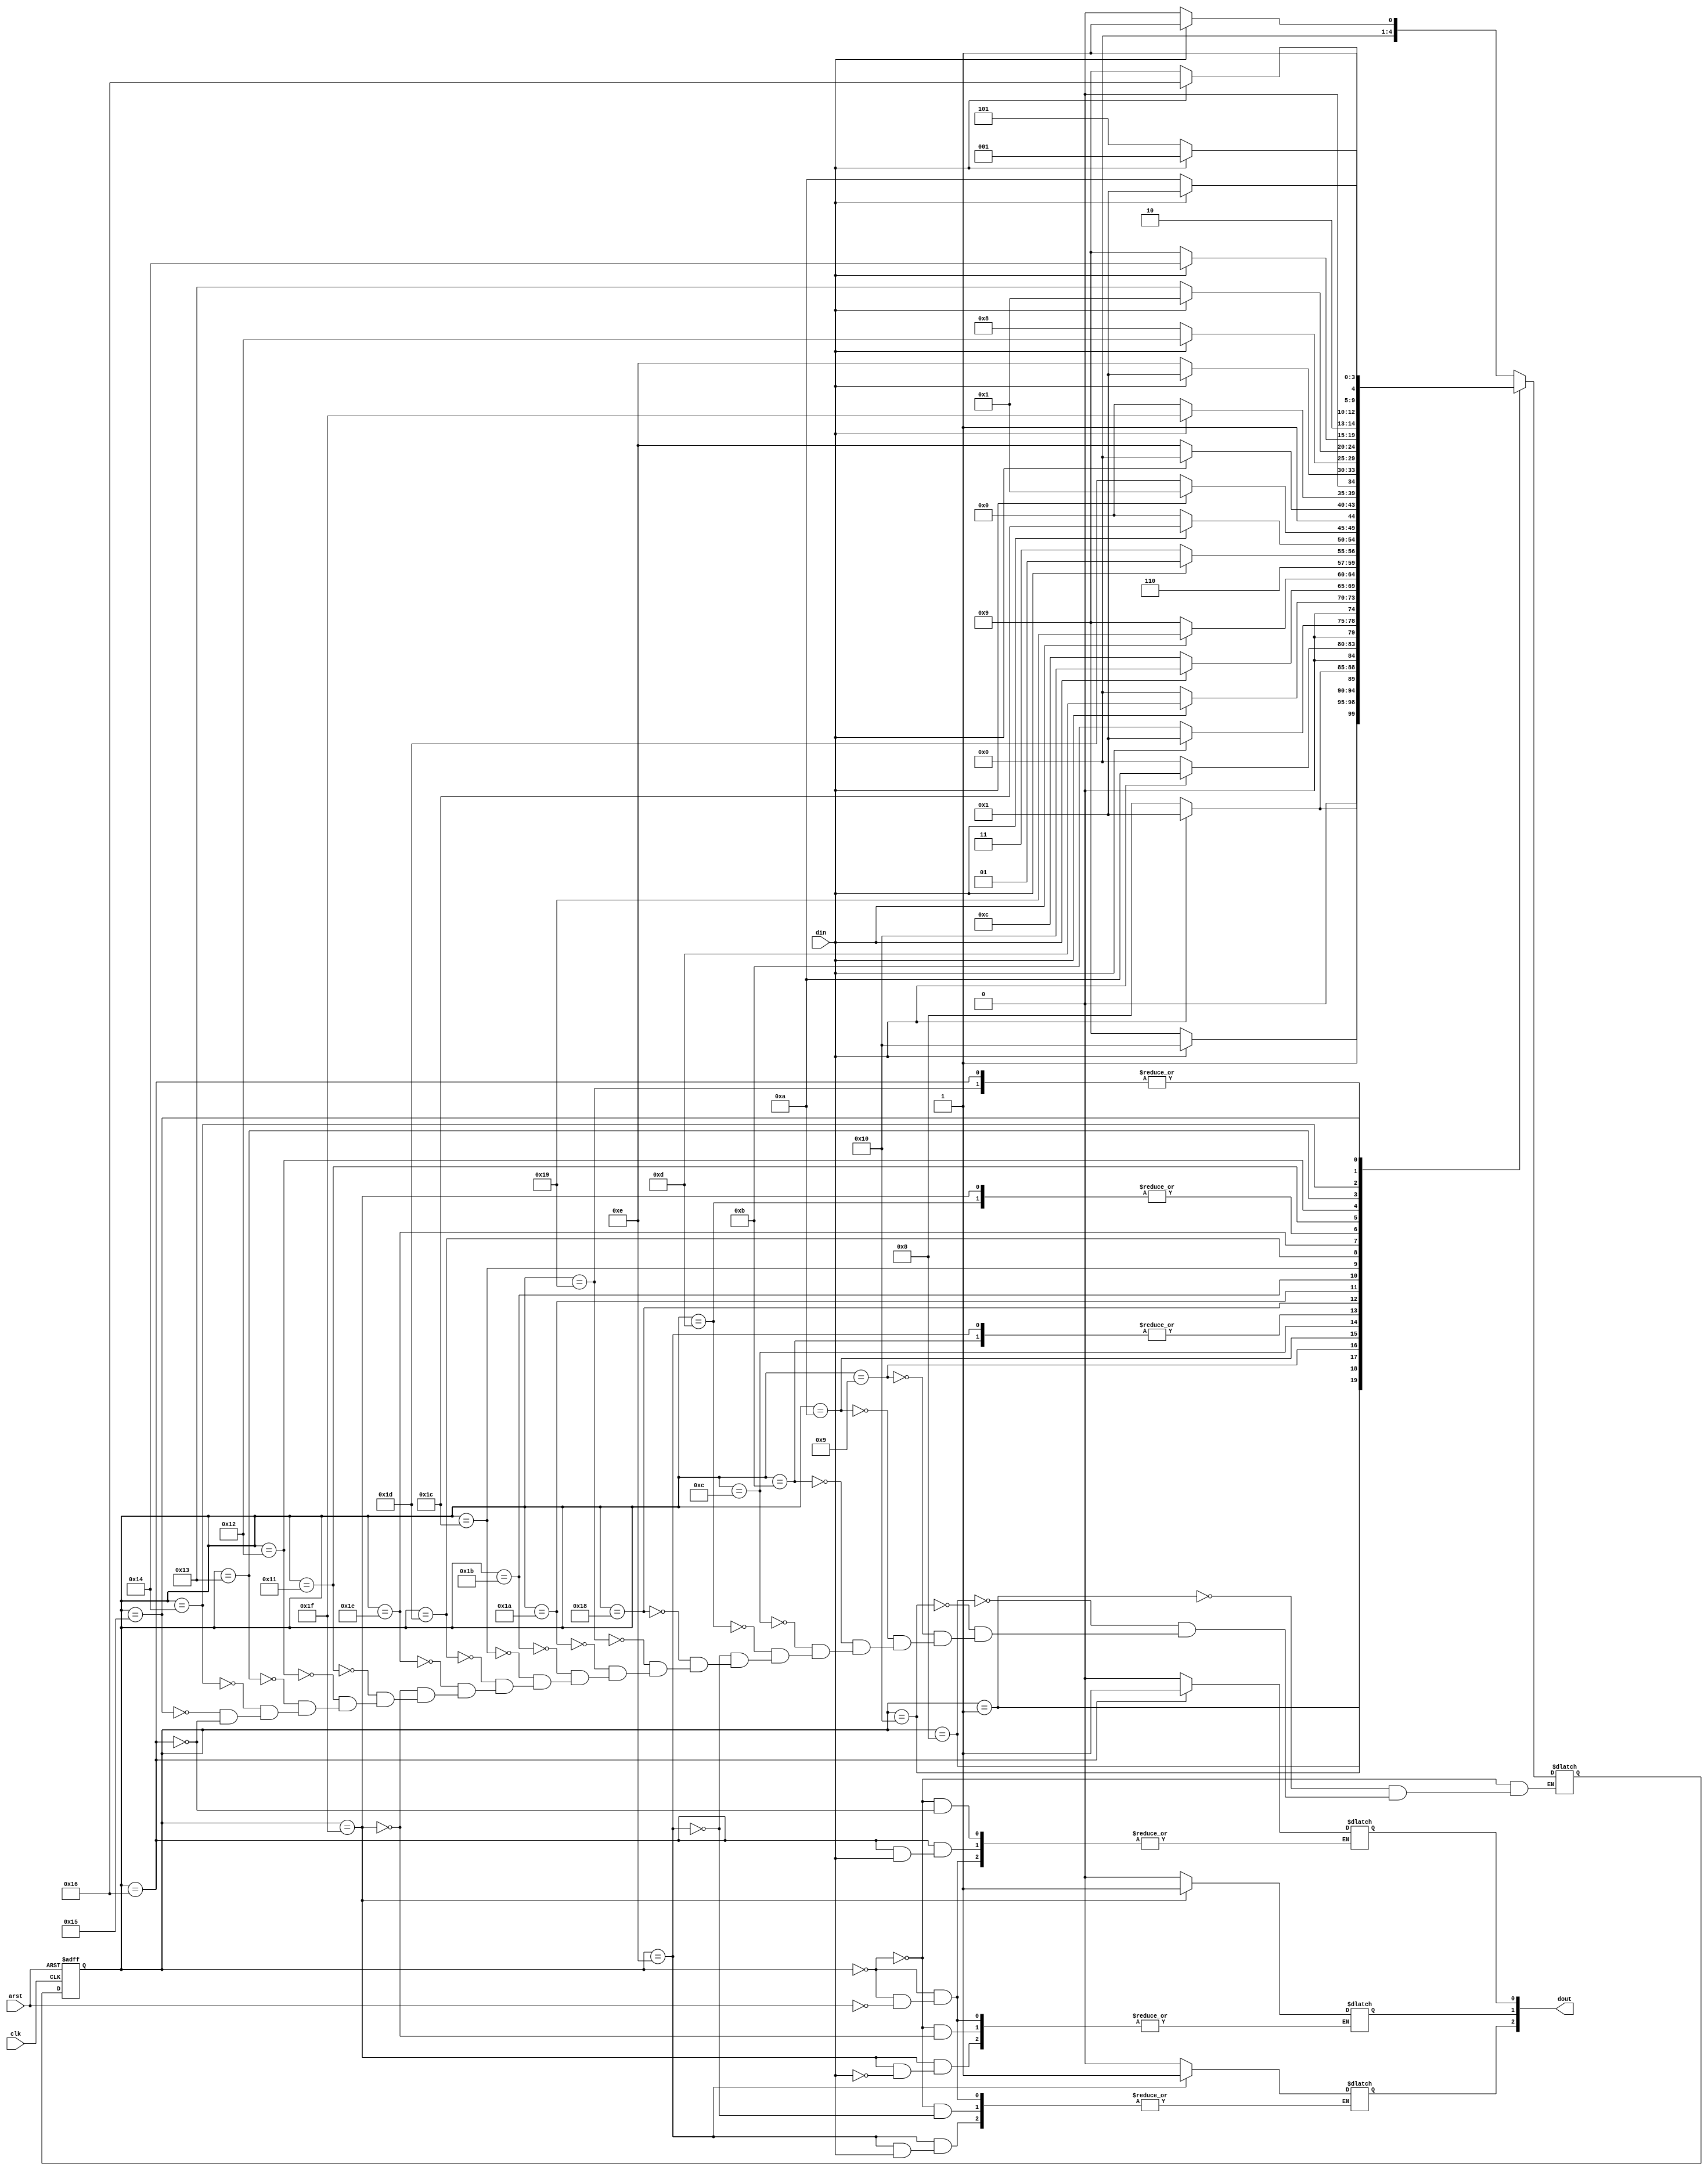
`timescale 1ns / 1ps
//////////////////////////////////////////////////////////////////////////////////
// Company: 
// Engineer: 
// 
// Design Name: 
// Module Name:    GasDetectorSensor 
// Project Name: 
// Target Devices: 
// Tool versions: 
// Description: 
//
// Dependencies: 
//
// Revision: 
// Revision 0.01 - File Created
// Additional Comments: 
//
//////////////////////////////////////////////////////////////////////////////////
module GasDetectorSensor (
	input        arst     , // async reset
	input        clk      , // clock posedge
	input        din      , // input data 
	output [2:0] dout       // output data
);

		// mealy machine
		reg [2:0] gas_mode;
		reg [4:0] prestate, nxtstate;
		assign    dout  =   gas_mode;
		
		// states(24 states: 2 initial - 2 separator(pivot) - 
		// 6 dioxide-only  - 8 monoxide-only - 6 methane-only)
		parameter init = 5'b00000 , got_one = 5'b00001,//inits
	
		// first pivot(dioxide vs monoxide and methane)
		gas_piv1 = 5'b01000,
		
		// dioxide 5th digit off & 4th digit on
		di1   = 5'b01001, di2   = 5'b01010, di3    = 5'b01011, di4   = 5'b01100, di5   = 5'b01101, di6   = 5'b01110,
		
		// second pivot      (monoxide   vs    methane)
		gas_piv2 = 5'b10000,	
		
		// monoxide   4th   &   5th   digit on
		mono1 = 5'b11000, mono2 = 5'b11001, mono3  = 5'b11010, mono4 = 5'b11011, mono5 = 5'b11100, mono6 = 5'b11101, mono7 = 5'b11110, mono8 = 5'b11111,
		
		// methane 4th digit off, 5th digit on
		met1  = 5'b10001, met2  = 5'b10010, met3   = 5'b10011, met4  = 5'b10100, met5  = 5'b10101, met6  = 5'b10110;
		
		
		
		
		// arst    and    clock    operations
		always @ (posedge clk or posedge arst)
			// output will be reset in prestate sensitive always
			if (arst) prestate = init;
			// state    change(nxtstate)   will    be   affected
			//	(to prestate)     according   to    last      din
			else      prestate = nxtstate; 
		
		
		// next state & output determination
		
		// state
		always @ (din or prestate)
			case(prestate)
			
				init:    if(din) nxtstate = got_one;  else nxtstate = init;
				got_one: if(din) nxtstate = got_one;  else nxtstate = gas_piv1;
				
				gas_piv1:if(din) nxtstate = gas_piv2; else nxtstate = di1;
				gas_piv2:if(din) nxtstate = met1 ;    else nxtstate = mono1;
				
				di1:     if(din) nxtstate = di2;      else nxtstate = init;
				di2:     if(din) nxtstate = got_one;  else nxtstate = di3;
				di3:     if(din) nxtstate = gas_piv2; else nxtstate = di4;
				di4:     if(din) nxtstate = di5;      else nxtstate = init;
				di5:     if(din) nxtstate = got_one;  else nxtstate = di6;
				di6:     if(din) nxtstate = gas_piv2; else nxtstate = di4;
				
				mono1:   if(din) nxtstate = mono2;    else nxtstate = di1;
				mono2:   if(din) nxtstate = met1;     else nxtstate = mono3;
				mono3:   if(din) nxtstate = mono2;    else nxtstate = mono4;
				mono4:   if(din) nxtstate = mono5;    else nxtstate = init;
				mono5:   if(din) nxtstate = got_one;  else nxtstate = mono6;
				mono6:   if(din) nxtstate = gas_piv2; else nxtstate = mono7;
				mono7:   if(din) nxtstate = mono8;    else nxtstate = init;
				mono8:   if(din) nxtstate = got_one;  else nxtstate = di6;	
				
				met1:    if(din) nxtstate = met2;     else nxtstate = gas_piv1;
				met2:    if(din) nxtstate = got_one;  else nxtstate = met3;
				met3:    if(din) nxtstate = met4;     else nxtstate = di1;
				met4:    if(din) nxtstate = met1;     else nxtstate = met5;
				met5:    if(din) nxtstate = met6;     else nxtstate = di1;
				met6:    if(din) nxtstate = met1;     else nxtstate = mono3;
//				default:                                   nxtstate = init;
			endcase
			
		// output
		always @ (din or prestate)
			case(prestate)
				init:    if(arst)  gas_mode=3'b000; // output asynch reset after async state initialization(reset)
				di6:     if(~din)  gas_mode[2] = 1; // detected in   one clock, will   be   saved      till reset!
				mono8:   if(din)   gas_mode[1] = 1; // detected in   one clock, will   be   saved      till reset!
				met6:    if(~din)  gas_mode[0] = 1; // detected in   one clock, will   be   saved      till reset!
//				default: gas_mode = 3'b000;
			endcase		
		


endmodule